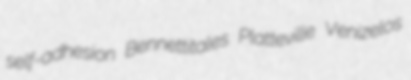
self-adhesion Bennettitales Platteville Venizelos